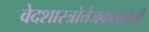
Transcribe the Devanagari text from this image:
वेदशास्त्रोत्तेजकसभेची